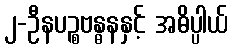
၂-ဦနပဉ္စဗန္ဓနနှင့် အဓိပ္ပါယ်